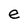
Character: e